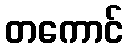
တကောင်